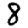
Digit: 8